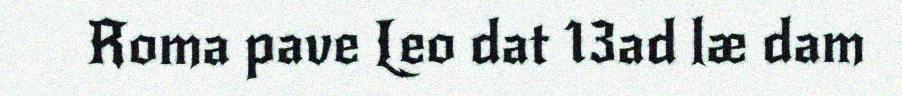
Roma pave Leo dat 13ad læ dam